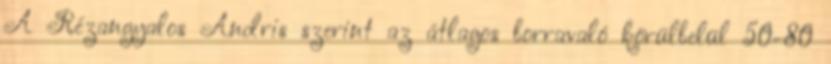
A Rézangyalos Andris szerint az átlagos borravaló körülbelül 50-80